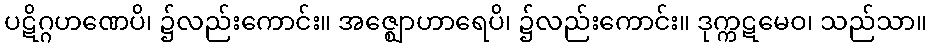
ပဋိဂ္ဂဟဏေပိ၊ ၌လည်းကောင်း။ အဇ္ဈောဟာရေပိ၊ ၌လည်းကောင်း။ ဒုက္ကဋမေဝ၊ သည်သာ။